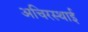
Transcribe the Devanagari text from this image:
अचिरस्थाई